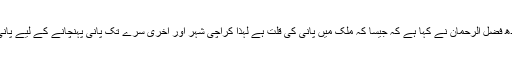
04 جون2018ء) نگراں وزیراعلی سندھ فضل الرحمان نے کہا ہے کہ جیسا کہ ملک میں پانی کی قلت ہے لہذا کراچی شہر اور آخری سرے تک پانی پہنچانے کے لیے پانی کی صحیح تقسیم کو یقینی بنانا چاہیے۔